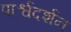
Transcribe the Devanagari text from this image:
पार्श्वदर्शन